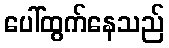
ပေါ်ထွက်နေသည်